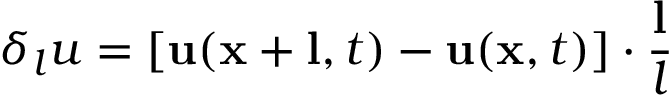
\delta _ { l } u = \left[ \mathbf { u } ( \mathbf { x } + \mathbf { l } , t ) - \mathbf { u } ( \mathbf { x } , t ) \right] \cdot \frac { \mathbf { l } } { l }